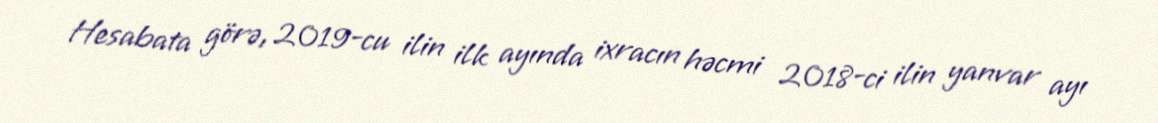
Hesabata görə, 2019-cu ilin ilk ayında ixracın həcmi 2018-ci ilin yanvar ayı